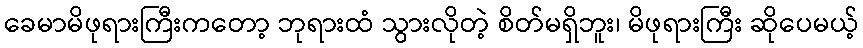
ခေမာမိဖုရားကြီးကတော့ ဘုရားထံ သွားလိုတဲ့ စိတ်မရှိဘူး၊ မိဖုရားကြီး ဆိုပေမယ့်